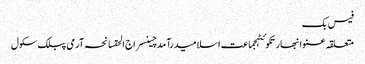
فیس بک
متعلقہ عنوانبھارتکوئٹہجماعت اسلامیدرآمدچینسراج الحقسانحہ آرمی پبلک سکول